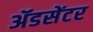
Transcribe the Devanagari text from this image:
ॲडसेंटर